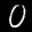
Label: 0